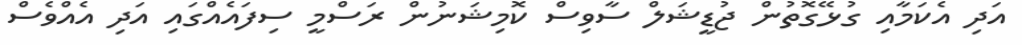
އަދި އެކަމާއި ގުޅޭގޮތުން ޖުޑީޝަލް ސާވިސް ކޮމިޝަނުން ރަސްމީ ސިފައެއްގައި އަދި އެއްވެސް